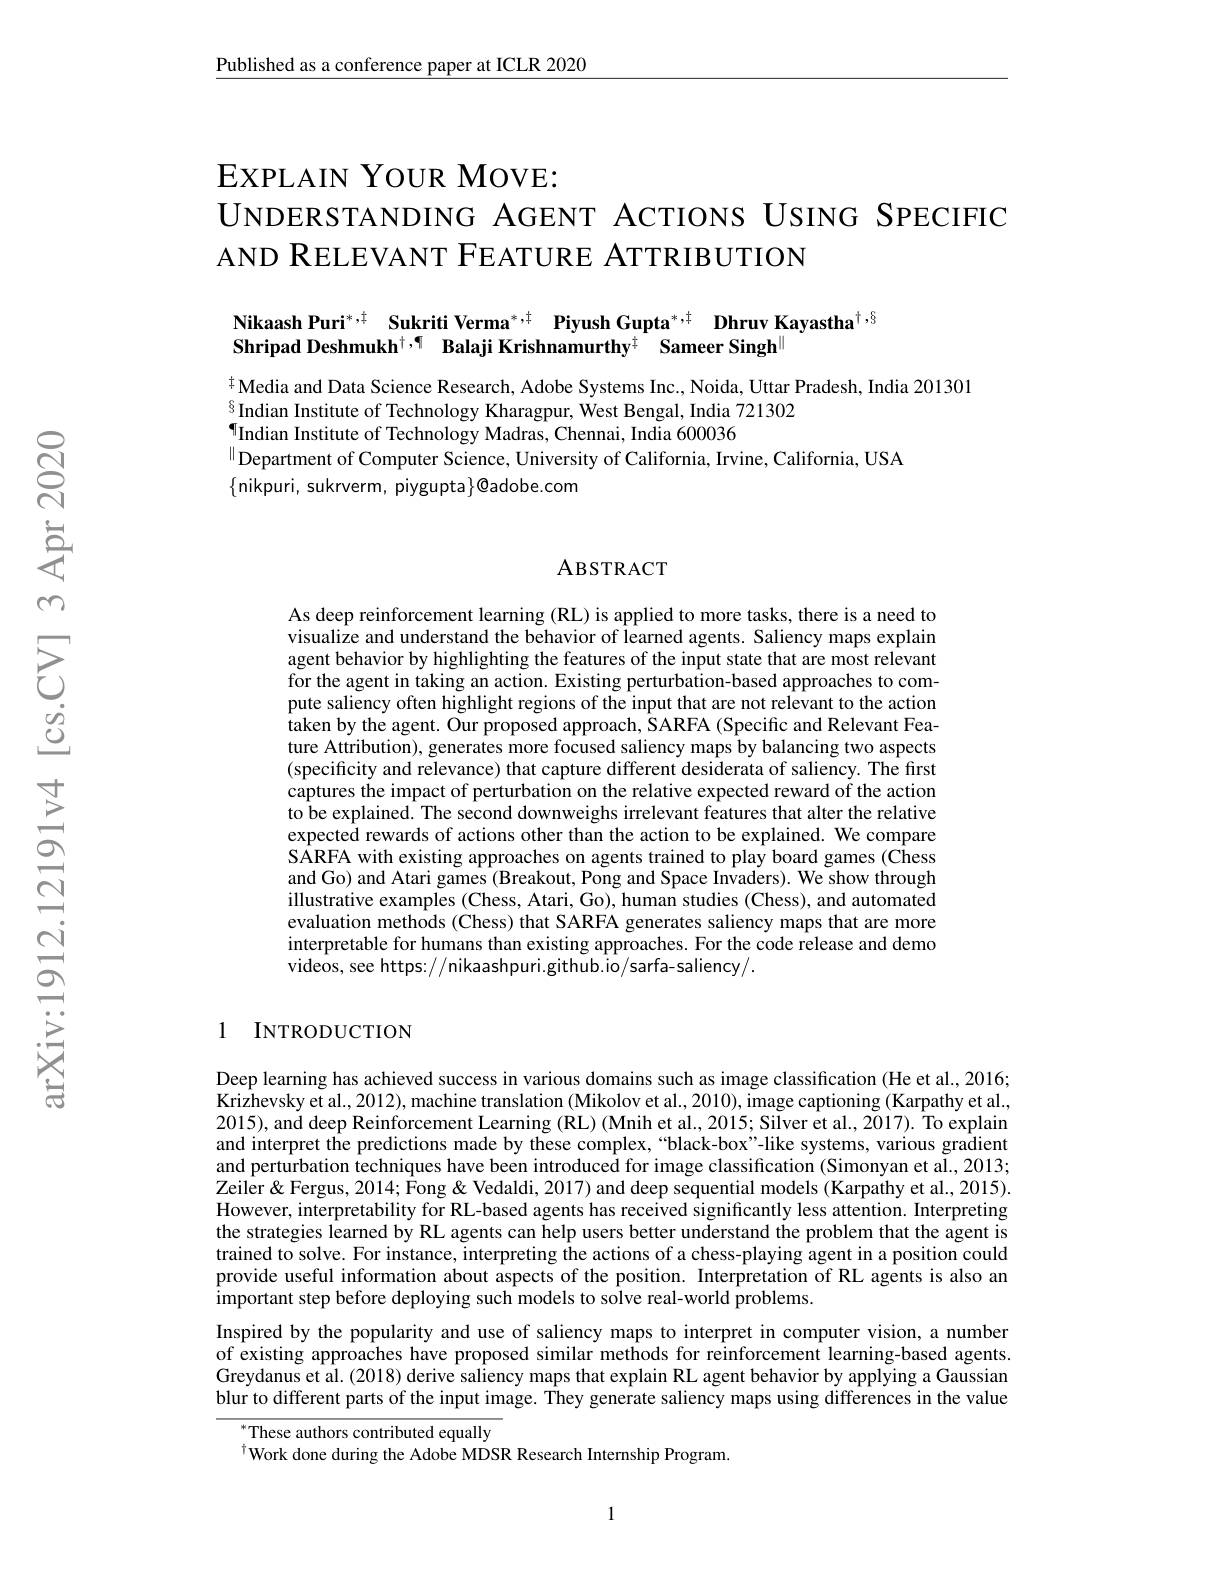
Published as a conference paper at ICLR 2020

EXPLAIN YOUR MOVE:
UNDERSTANDING AGENT ACTIONS USING SPECIFIC
AND RELEVANT FEATURE ATTRIBUTION

# Nikaash Puri$^* , \ddagger$ $\textbf{Sukriti Verma}^{* , \ddagger \:\text{PiyushGupta}^* , \ddagger \:\textbf{DhruvKayastha}^{\dagger , \S }\:\text{Sukriti Verma}^{* , \ddagger \:\text{Piyush Gupta}^* , \ddagger \:\textbf{Dhruv Kayastha}^{\dagger , \S }\:\text{Sukaash Puri}^* , \ddagger \:\text{Sukriti Verma}^{* , \ddagger \:\text{Piyush Gupta}^* , \ddagger \:\text{Dhruv Kayastha}^{\dagger , § }\:\text{S}\:\text{Sukriti Verma}^* , \ddagger \:\text{Piyus}}}}$ Shripad Deshmukh$^{\dagger,\P}$ Balaji Krishnamurthy$^{\ddagger}$ Sameer Singh$^{\|}$

$^{\dagger}$Media and Data Science Research, Adobe Systems Inc., Noida, Uttar Pradesh, India 201301
$^{8}$Indian Institute of Technology Kharagpur, West Bengal, India 721302
$^{\P}$Indian Institute of Technology Madras, Chennai, India 600036
$^{\parallel}$Department of Computer Science, University of California, Irvine, California, USA
$\{$nikpuri, sukrverm, piygupta$\}\textcircled{}$adobe.com

### ABSTRACT

As deep reinforcement learning (RL) is applied to more tasks, there is a need to visualize and understand the behavior of learned agents. Saliency maps explain agent behavior by highlighting the features of the input state that are most relevant for the agent in taking an action. Existing perturbation-based approaches to compute saliency often highlight regions of the input that are not relevant to the action taken by the agent. Our proposed approach, SARFA (Specific and Relevant Feature Attribution), generates more focused saliency maps by balancing two aspects (specificity and relevance) that capture different desiderata of saliency. The first captures the impact of perturbation on the relative expected reward of the action to be explained. The second downweighs irrelevant features that alter the relative expected rewards of actions other than the action to be explained. We compare SARFA with existing approaches on agents trained to play board games (Chess and Go) and Atari games (Breakout, Pong and Space Invaders). We show through illustrative examples (Chess, Atari, Go), human studies (Chess), and automated evaluation methods (Chess) that SARFA generates saliency maps that are more interpretable for humans than existing approaches. For the code release and demo videos, see https://nikaashpuri.github.io/sarfa-saliency/.

1 INTRODUCTION

Deep learning has achieved success in various domains such as image classification (He et al., 2016; $\hat{\text{Krizhevsky et al., 2012), }}$machine translation (Mikolov et al., 2010), { }image captioning (Karpathy et al., 2015), and deep Reinforcement Learning (RL) (Mnih et al., 2015; Silver et al., 2017). To explain and interpret the predictions made by these complex,“black-box”-like systems, various gradient and perturbation techniques have been introduced for image classification (Simonyan et al., 2013; $\hat{\text{Zeiler}}\&$ Fergus, 2014; $\hat{\text{Fong}}\&$ Vedaldi, 2017) and deep sequential models (Karpathy et al., 2015). However, interpretability for RL-based agents has received significantly less attention. Interpreting the strategies learned by RL agents can help users better understand the problem that the agent is trained to solve. For instance, interpreting the actions of a chess-playing agent in a position could provide useful information about aspects of the position. Interpretation of RL agents is also an important step before deploying such models to solve real-world problems.
Inspired by the popularity and use of saliency maps to interpret in computer vision, a number of existing approaches have proposed similar methods for reinforcement learning-based agents. Greydanus et al. (2018) derive saliency maps that explain RL agent behavior by applying a Gaussian blur to different parts of the input image. They generate saliency maps using differences in the value
These authors contributed equally
$^{\dagger}$Work done during the Adobe MDSR Research Internship Program.

1